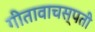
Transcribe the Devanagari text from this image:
गीतावाचस्पती